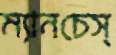
ম্যানচেস্